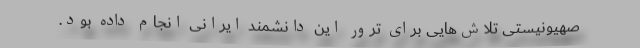
صهیونیستی تلاش‌هایی برای ترور این دانشمند ایرانی انجام داده بود.